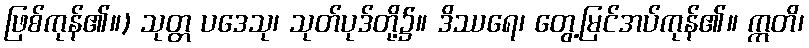
ဖြစ်ကုန်၏။) သုတ္တ ပဒေသု၊ သုတ်ပုဒ်တို့၌။ ဒိဿရေ၊ တွေ့မြင်အပ်ကုန်၏။ ဣတိ၊